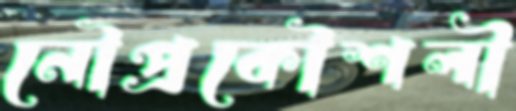
নৌপ্রকৌশলী